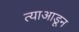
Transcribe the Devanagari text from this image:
त्याआडून